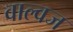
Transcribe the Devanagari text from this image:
वाल्वज